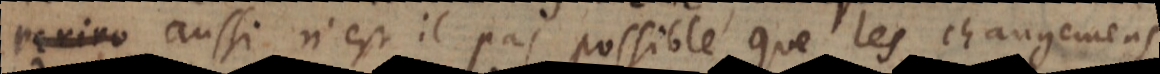
periro aussi n’est il pas possible que les changemens